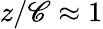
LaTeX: z/\mathscr{C}\approx1